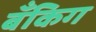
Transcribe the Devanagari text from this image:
बँकिग